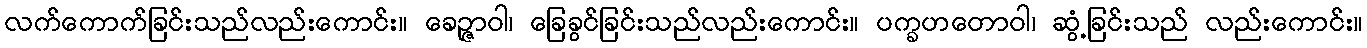
လက်ကောက်ခြင်းသည်လည်းကောင်း။ ခေဉ္ဇာဝါ၊ ခြေခွင်ခြင်းသည်လည်းကောင်း။ ပက္ခဟတောဝါ၊ ဆွံ့ခြင်းသည် လည်းကောင်း။